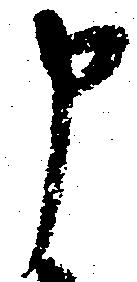
申